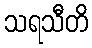
သရသီတိ